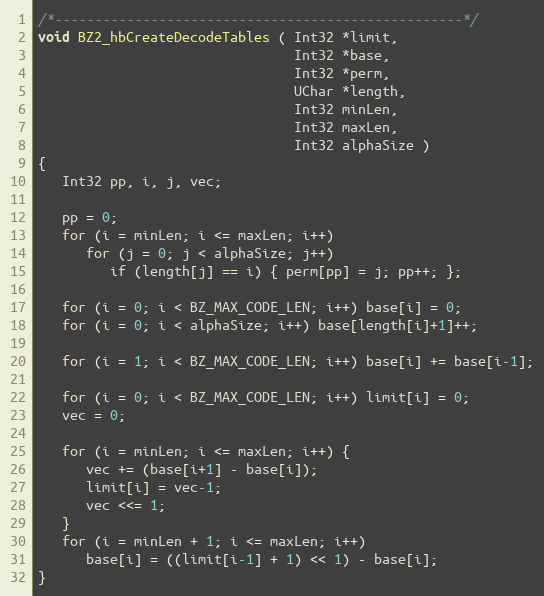
Language: C
/*---------------------------------------------------*/
void BZ2_hbCreateDecodeTables ( Int32 *limit,
                                Int32 *base,
                                Int32 *perm,
                                UChar *length,
                                Int32 minLen,
                                Int32 maxLen,
                                Int32 alphaSize )
{
   Int32 pp, i, j, vec;

   pp = 0;
   for (i = minLen; i <= maxLen; i++)
      for (j = 0; j < alphaSize; j++)
         if (length[j] == i) { perm[pp] = j; pp++; };

   for (i = 0; i < BZ_MAX_CODE_LEN; i++) base[i] = 0;
   for (i = 0; i < alphaSize; i++) base[length[i]+1]++;

   for (i = 1; i < BZ_MAX_CODE_LEN; i++) base[i] += base[i-1];

   for (i = 0; i < BZ_MAX_CODE_LEN; i++) limit[i] = 0;
   vec = 0;

   for (i = minLen; i <= maxLen; i++) {
      vec += (base[i+1] - base[i]);
      limit[i] = vec-1;
      vec <<= 1;
   }
   for (i = minLen + 1; i <= maxLen; i++)
      base[i] = ((limit[i-1] + 1) << 1) - base[i];
}